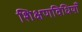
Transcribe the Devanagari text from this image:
शिक्षणविधियाँ